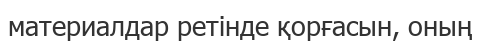
материалдар ретінде қорғасын, оның